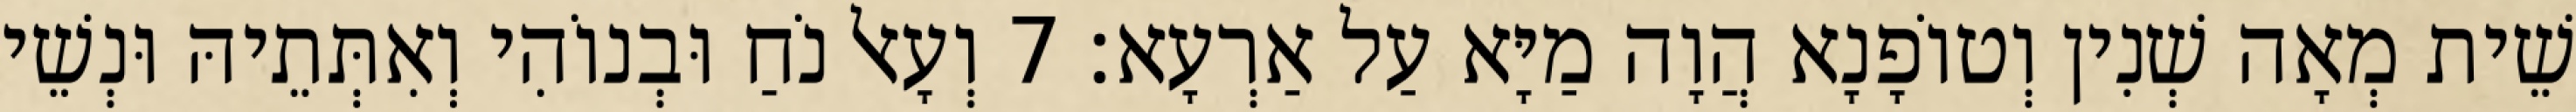
שֵׁית מְאָה שְׁנִין וְטוֹפָנָא הֲוָה מַיָּא עַל אַרְעָא׃ 7 וְעָאל נֹחַ וּבְנוֹהִי וְאִתְּתֵיהּ וּנְשֵׁי